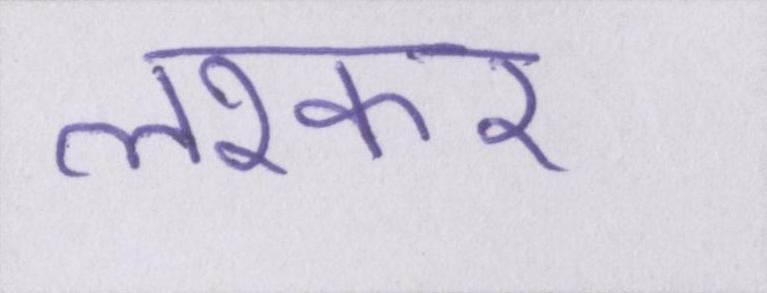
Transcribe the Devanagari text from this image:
लश्कर